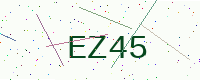
Text: EZ45